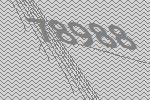
78988